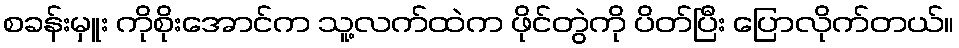
စခန်းမှူး ကိုစိုးအောင်က သူ့လက်ထဲက ဖိုင်တွဲကို ပိတ်ပြီး ပြောလိုက်တယ်။